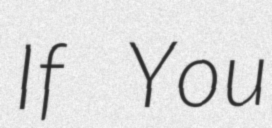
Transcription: If You